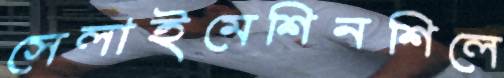
সেলাইমেশিনশিলে